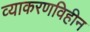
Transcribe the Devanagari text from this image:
व्याकरणविहीन